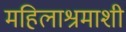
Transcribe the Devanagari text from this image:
महिलाश्रमाशी